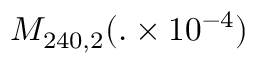
M _ { 2 4 0 , 2 } ( . \times 1 0 ^ { - 4 } )